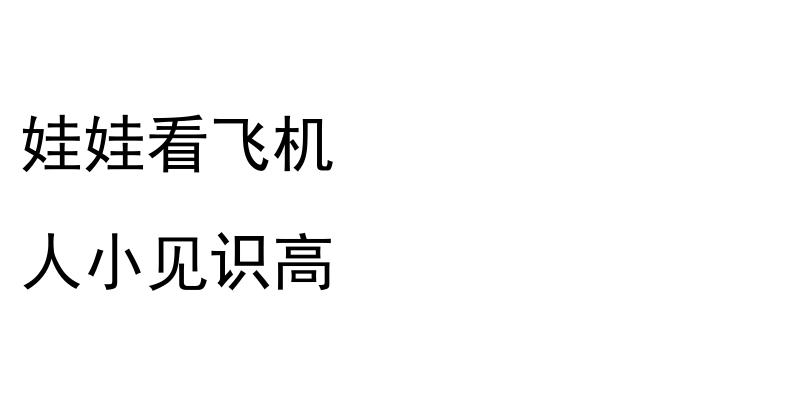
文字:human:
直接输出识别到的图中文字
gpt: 娃娃看飞机 人小见识高